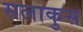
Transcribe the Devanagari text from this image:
सलाकुस